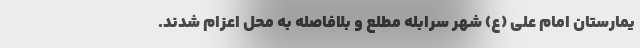
یمارستان امام علی (ع) شهر سرابله مطلع و بلافاصله به محل اعزام شدند.